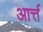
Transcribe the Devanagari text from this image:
आर्त्त